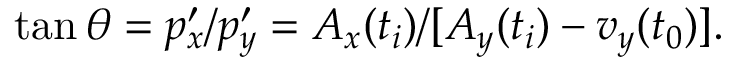
\tan \theta = p _ { x } ^ { \prime } / p _ { y } ^ { \prime } = A _ { x } ( t _ { i } ) / [ A _ { y } ( t _ { i } ) - v _ { y } ( t _ { 0 } ) ] .